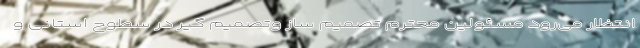
انتظار می‌رود مسئولین محترم تصمیم ساز وتصمیم گیر در سطوح استانی و